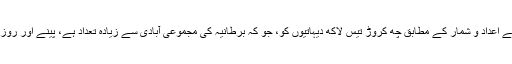
واٹر ایڈ نامی ایک غیر سرکاری بین الاقوامی تنظیم کے اعداد و شمار کے مطابق چھ کروڑ تیس لاکھ دیہاتیوں کو، جو کہ برطانیہ کی مجموعی آبادی سے زیادہ تعداد ہے، پینے اور روزمرہ کے استعمال کے لیے صاف پانی میسر نہیں ہے۔